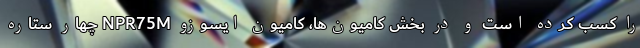
را کسب کرده‌ است و در بخش کامیون‌ها، کامیون ایسوزو NPR75M چهار ستاره